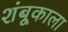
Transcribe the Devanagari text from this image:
शंबूकाला